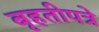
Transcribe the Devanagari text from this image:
बृहतीपत्रे